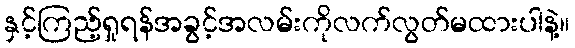
နှင့်ကြည့်ရှုရန်အခွင့်အလမ်းကိုလက်လွတ်မထားပါနဲ့။